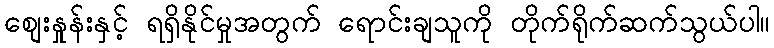
စျေးနှုန်းနှင့် ရရှိနိုင်မှုအတွက် ရောင်းချသူကို တိုက်ရိုက်ဆက်သွယ်ပါ။